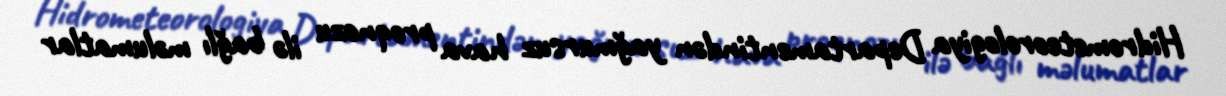
Hidrometeorologiya Departamentindən yağmursuz hava proqnozu ilə bağlı məlumatlar